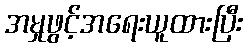
အမှုဖွင့်အရေးယူထားပြီး